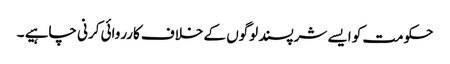
حکومت کو ایسے شرپسند لوگوں کے خلاف کارروائی کرنی چاہیے ۔